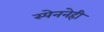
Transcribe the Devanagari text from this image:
स्पेननेही